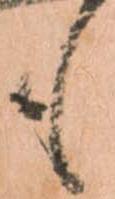
も